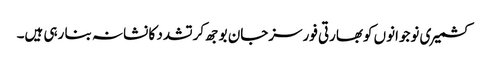
کشمیری نوجوانوں کوبھارتی فورسزجان بوجھ کرتشدد کا نشانہ بنا رہی ہیں۔